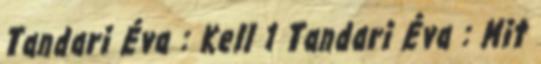
Tandari Éva : Kell 1 Tandari Éva : Mit